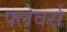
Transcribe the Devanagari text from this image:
फ्लेवर्स